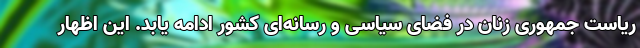
ریاست جمهوری زنان در فضای سیاسی و رسانه‌ای کشور ادامه یابد. این اظهار